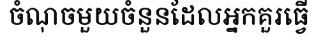
ចំណុចមួយចំនួនដែលអ្នកគួរធ្វើ